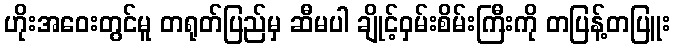
ဟိုးအဝေးတွင်မူ တရုတ်ပြည်မှ ဆီမပါ ချိုင့်ဝှမ်းစိမ်းကြီးကို တပြန့်တပြူး